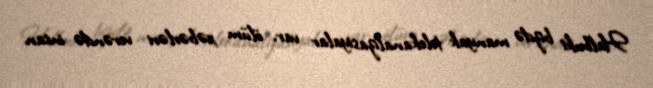
Halbuki bizdə manyak telekanalizasiyalar var, ölüm xəbərləri verəndə insan